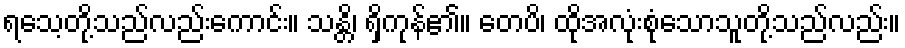
ရသေ့တို့သည်လည်းကောင်း။ သန္တိ၊ ရှိကုန်၏။ တေပိ၊ ထိုအလုံးစုံသောသူတို့သည်လည်း။